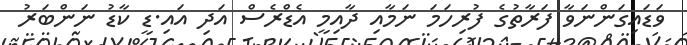
ވަޑައިގަންނަވާ ފަރާތުގެ ފުރިހަމަ ނަމާއި ދާއިމީ އެޑްރެސް އަދި އައި.ޑީ ކާޑު ނަންބަރު